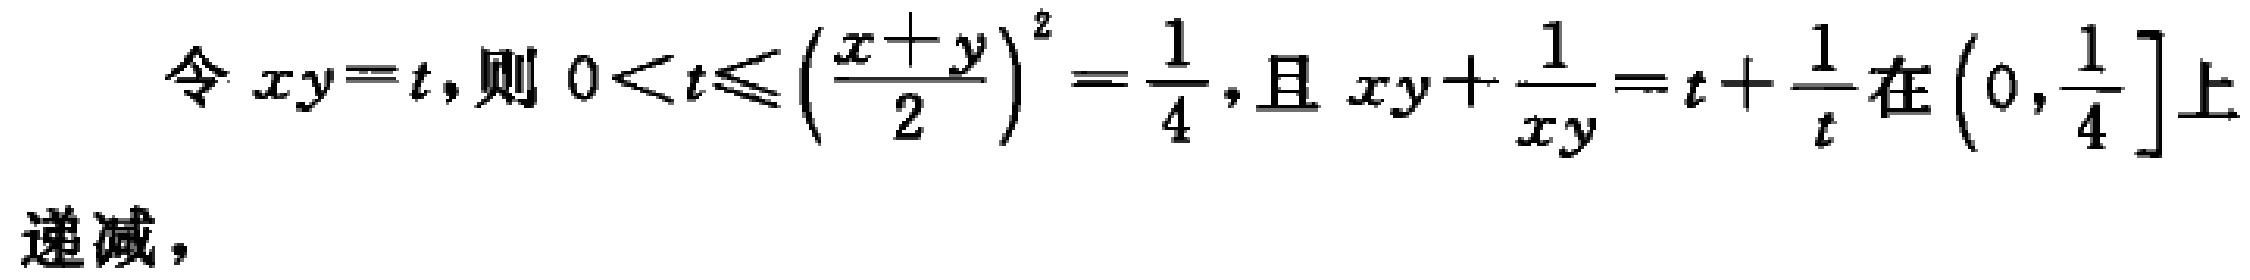
令 \(xy = t\)，则 \(0 < t \leq \left(\frac{x + y}{2}\right)^2=\frac{1}{4}\)，且 \(xy+\frac{1}{xy}=t + \frac{1}{t}\)在 \(\left(0,\frac{1}{4}\right]\)上递减，